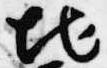
地